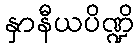
နှာနီယပိဏ္ဍိ